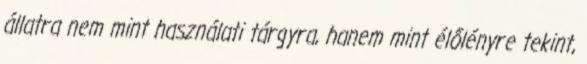
állatra nem mint használati tárgyra, hanem mint élőlényre tekint,